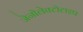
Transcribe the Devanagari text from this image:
जेनोलेक्टोटाइप